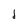
Character: I